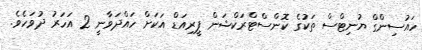
ހައުސިންގް ޔުނިޓްސް ތަކުގެ ކޮންސްޓްރަކްޝަން ޕީރިއަޑް އަކަށް ހައްދަވާނީ 2 އަހަރު ދުވަހެވެ.